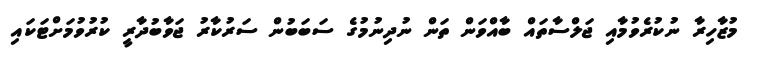
މުޒާހިރާ ނުކުރެވުމާއި ޖަލްސާތައް ބާއްވަން ތަން ނުދިނުމުގެ ސަބަބުން ސަރުކާރު ޖަވާބުދާރީ ކުރުވުމަށްޓަކައި